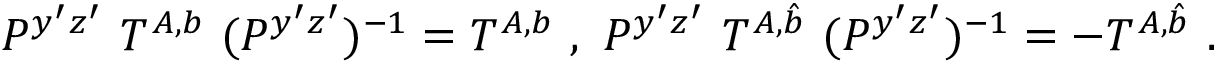
P ^ { y ^ { \prime } z ^ { \prime } } ~ T ^ { A , b } ~ ( P ^ { y ^ { \prime } z ^ { \prime } } ) ^ { - 1 } = T ^ { A , b } ~ , ~ P ^ { y ^ { \prime } z ^ { \prime } } ~ T ^ { A , \hat { b } } ~ ( P ^ { y ^ { \prime } z ^ { \prime } } ) ^ { - 1 } = - T ^ { A , \hat { b } } ~ . ~ \,